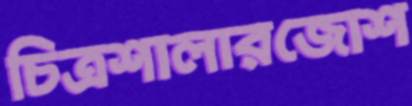
চিত্রশালারজোশ